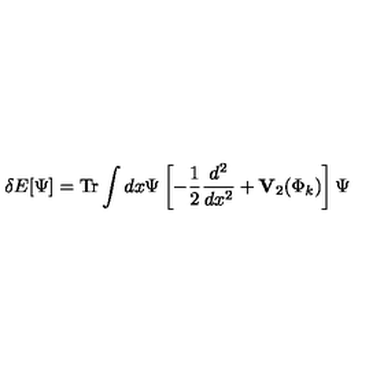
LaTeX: \delta E [ \Psi ] = \mathrm { T r } \int d x \Psi \left[ - { \frac { 1 } { 2 } } { \frac { d ^ { 2 } } { d x ^ { 2 } } } + { \bf V } _ { 2 } ( \Phi _ { k } ) \right] \Psi